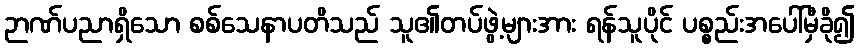
ဉာဏ်ပညာရှိသော စစ်သေနာပတိသည် သူ၏တပ်ဖွဲ့များအား ရန်သူပိုင် ပစ္စည်းအပေါ်မှီခို၍